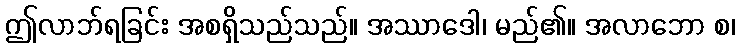
ဤလာဘ်ရခြင်း အစရှိသည်သည်။ အဿာဒေါ၊ မည်၏။ အလာဘော စ၊